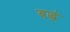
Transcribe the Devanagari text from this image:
बद्धं